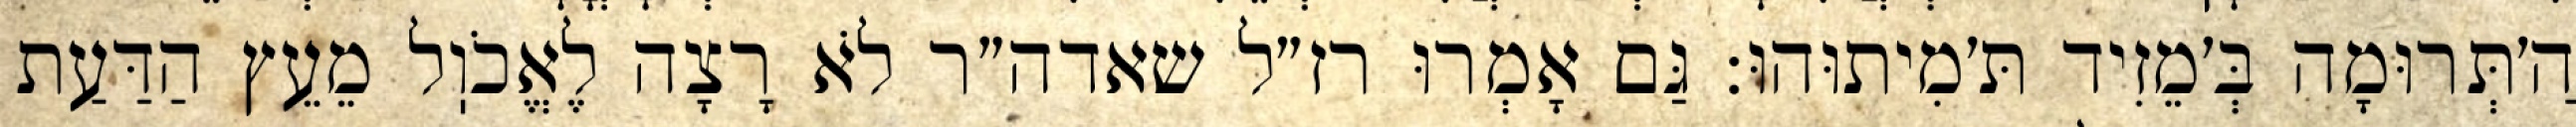
הַ׳תְּרוּמָה בְּ׳מֵזִיד תּ׳מִיתוּהוּ: גַּם אָמְרוּ רז״ל שאדה״ר לֹא רָצָה לֶאֱכֹוֽל מֵעֵץ הַדַּעַת